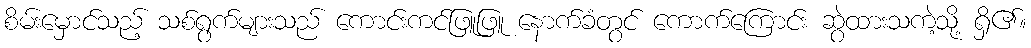
စိမ်းမှောင်သည့် သစ်ရွက်များသည် ကောင်းကင်ဖြူဖြူ နောက်ခံတွင် ကောက်ကြောင်း ဆွဲထားသကဲ့သို့ ရှိ၏။